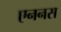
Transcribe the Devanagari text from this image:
एननस